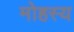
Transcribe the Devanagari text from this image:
मोहस्य